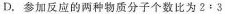
D.参加反应的两种物质分子个数比为2﹔3